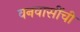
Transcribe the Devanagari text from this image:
वनवासींची